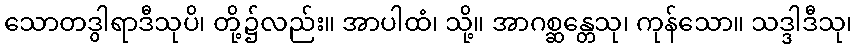
သောတဒွါရာဒီသုပိ၊ တို့၌လည်း။ အာပါထံ၊ သို့။ အာဂစ္ဆန္တေသု၊ ကုန်သော။ သဒ္ဒါဒီသု၊